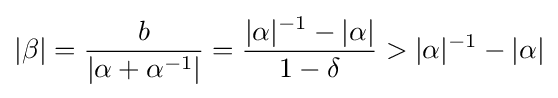
|\beta |={b \over |\alpha +\alpha ^{-1}|}={|\alpha |^{-1}-|\alpha | \over 1-\delta }>|\alpha |^{-1}-|\alpha |